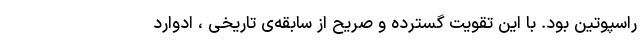
راسپوتین بود. با این تقویت گسترده و صریح از سابقه‌ی تاریخی ، ادوارد